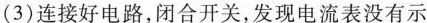
(3)连接好电路，闭合开关，发现电流表没有示